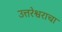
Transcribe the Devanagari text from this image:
उत्तरेश्वराचा